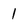
Character: 1